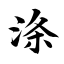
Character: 涤